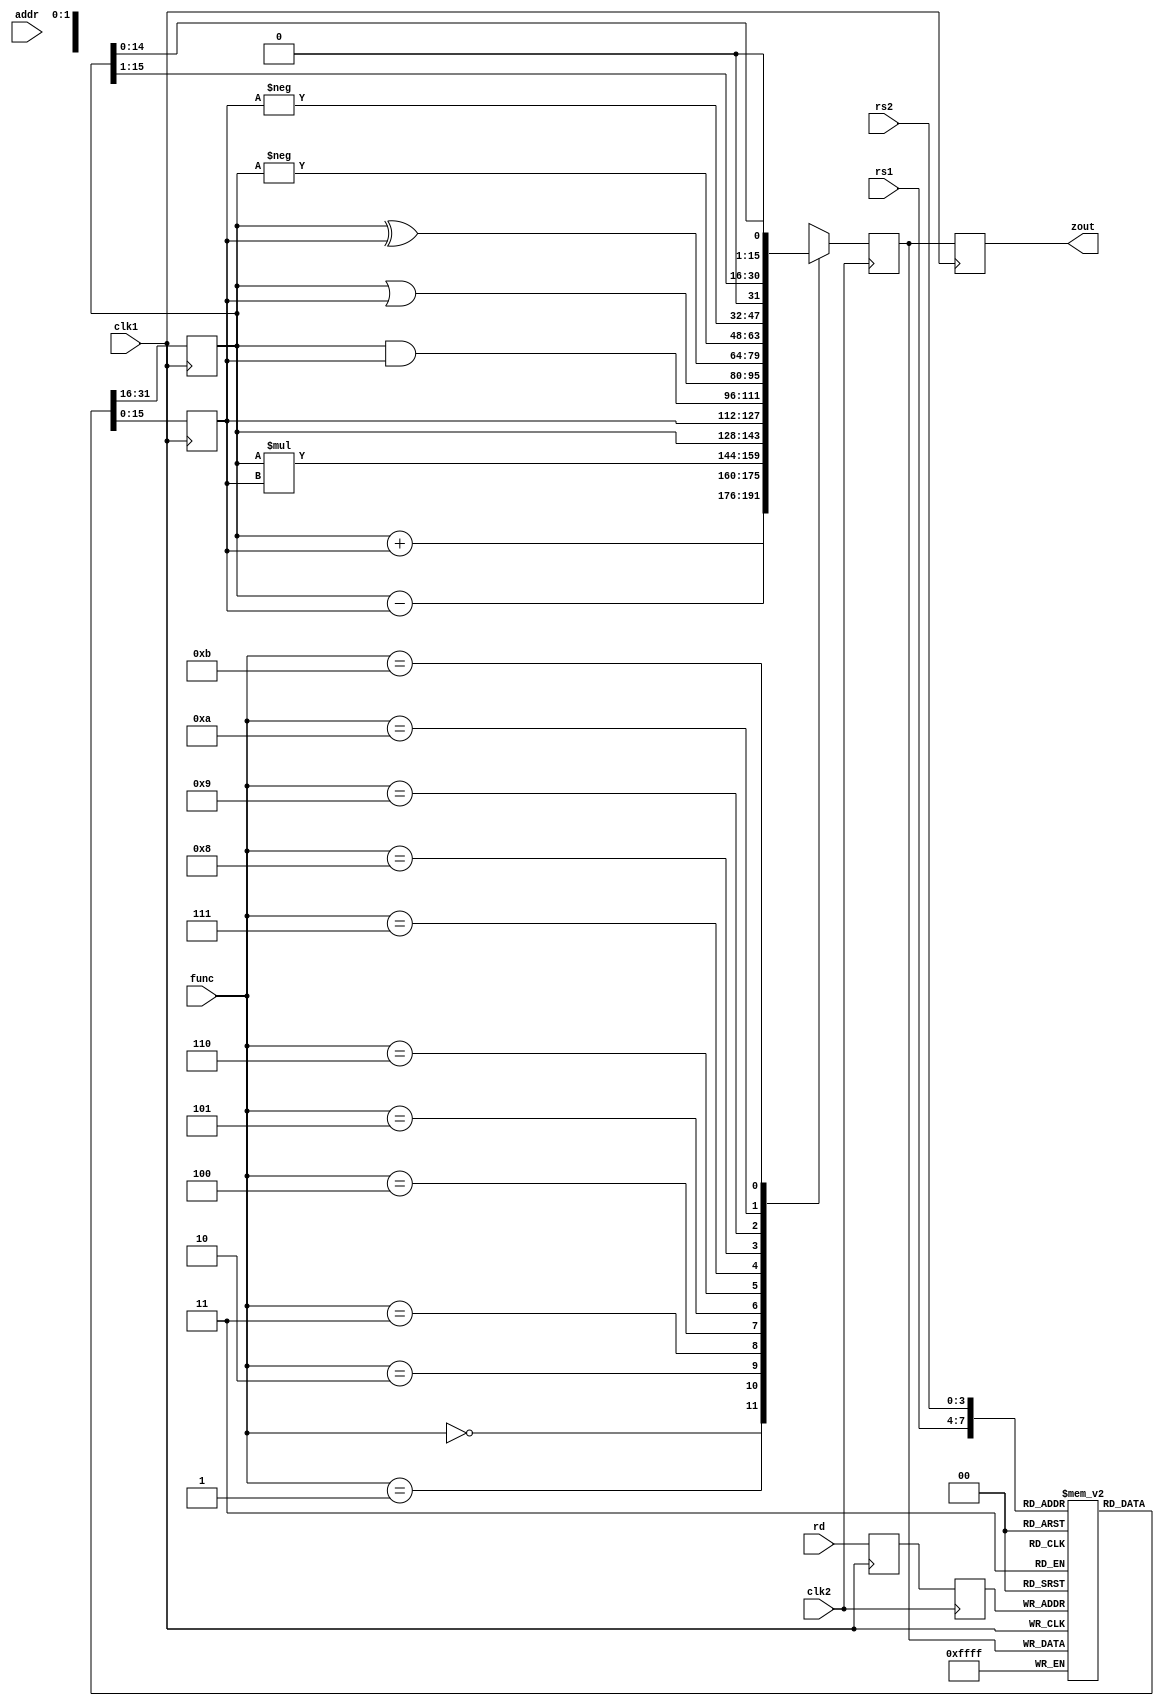
// this is a simple pipelining code


module pipe_ex (zout, rs1, rs2, rd, func, addr, clk1, clk2);

	input [3:0] rs1, rs2, rd, func;
	input [7:0] addr;
	input clk1, clk2;
	output [15:0] zout;
	
	reg [15:0] L12_A, L12_B, L23_z, L34_z;
	reg [3:0] L12_rd, L12_func, L23_rd;
	reg [7:0] L12_addr, L23_addr, L34_addr;
	
	reg [15:0] regbank [0:15];
	reg [15:0] mem [0:255];   // 256 x 16 bit memory
	
	assign zout = L34_z;
	
	always @ (posedge clk1)  //stage 1
		begin
		L12_A <= #2 regbank[rs1];
		L12_B <= #2 regbank[rs2];
		L12_rd <= #2 rd;
		L12_func <= #2 func;
		L12_addr <= #2 addr; 
		end
		
	always @ (negedge clk2)  //stage 2
		begin
			case (func)
			0 : L23_z <= #2 L12_A + L12_B;
			1 : L23_z <= #2 L12_A - L12_B;
			2 : L23_z <= #2 L12_A * L12_B;
			3 : L23_z <= #2 L12_A;
			4 : L23_z <= #2 L12_B;
			5 : L23_z <= #2 L12_A & L12_B;
			6 : L23_z <= #2 L12_A | L12_B;
			7 : L23_z <= #2 L12_A ^ L12_B;
			8 : L23_z <= #2 - L12_A;
			9 : L23_z <= #2 - L12_B;
			10 : L23_z <= #2 L12_A >> 1;
			11 : L23_z <= #2 L12_A << 1;
			default: L23_z <= #2 16'hxxxx;
			endcase
			
			L23_rd <= #2 L12_rd;
			L23_addr <= #2 L12_addr;
		end
		
		always @ (posedge clk1) //stage 3
			begin
			regbank [L23_rd] <= #2 L23_z;
			L34_z <= #2 L23_z;
			L34_addr <= #2 L23_addr;
			end
			
		always @ (negedge clk2) //stage 4
			begin
			mem [L34_addr] <= #2 L34_z;
			end


endmodule
	

module pipe_ex_tb;

	wire [15:0] zout;
	reg [3:0] rs1, rs2, rd, func;
	reg [7:0] addr;
	reg clk1, clk2;
	integer k;
	
	pipe_ex m (zout, rs1, rs2, rd, func, addr, clk1, clk2);
	
	initial
		begin 
		clk1 = 0; clk2 = 0;
		repeat(20)
			begin
			#5 clk1 = 1; #5 clk1 = 0;
			#5 clk2 = 1; #5 clk2 = 0;
			end
		end
		
	initial 
		for (k = 0; k <16; k = k + 1)
			m.regbank [k] = k;
			
	initial
		begin
		#5 rs1 = 2; rs2 = 3; rd = 4; func = 0; addr = 109;
		#20 rs1 = 4; rs2 = 5; rd = 2; func = 8; addr = 100;
		#20 rs1 = 2; rs2 = 1; rd = 7; func = 3; addr = 101;
		#20 rs1 = 9; rs2 = 10; rd = 11; func = 2; addr = 102;
		
		#60 for (k = 95; k < 115; k = k + 1)
			$display ("Mem[%d] = %d", k, m.mem[k]);
		end
		
	initial
		begin
		$monitor ("Time: %d, F = %d", $time, zout);
		#300 $finish;
		end
		
endmodule